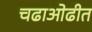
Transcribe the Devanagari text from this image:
चढाओढीत